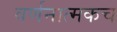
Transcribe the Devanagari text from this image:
वर्णनात्मकच